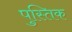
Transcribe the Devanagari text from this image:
पुस्तिक